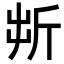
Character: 𣂚